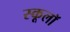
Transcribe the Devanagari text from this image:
स्कूलॉ